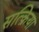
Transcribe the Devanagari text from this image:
सत्क्रिया